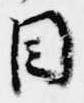
目